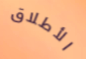
الأطلاق